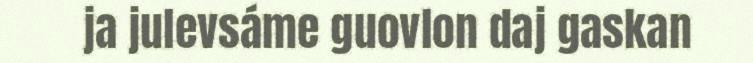
ja julevsáme guovlon daj gaskan